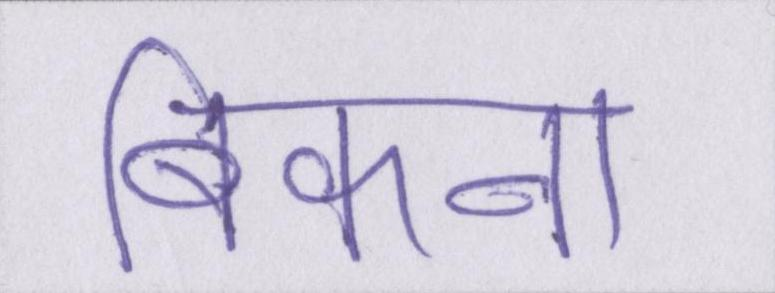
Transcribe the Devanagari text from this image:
बिकना